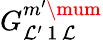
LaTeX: G_{\mathcal{L}^{\prime}\, 1\, \mathcal{L}}^{m^{\prime}\mum}